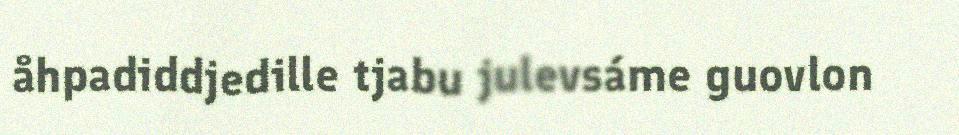
åhpadiddjedille tjabu julevsáme guovlon